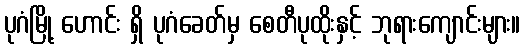
ပုဂံမြို့ ဟောင်း ရှိ ပုဂံခေတ်မှ စေတီပုထိုးနှင့် ဘုရားကျောင်းများ။